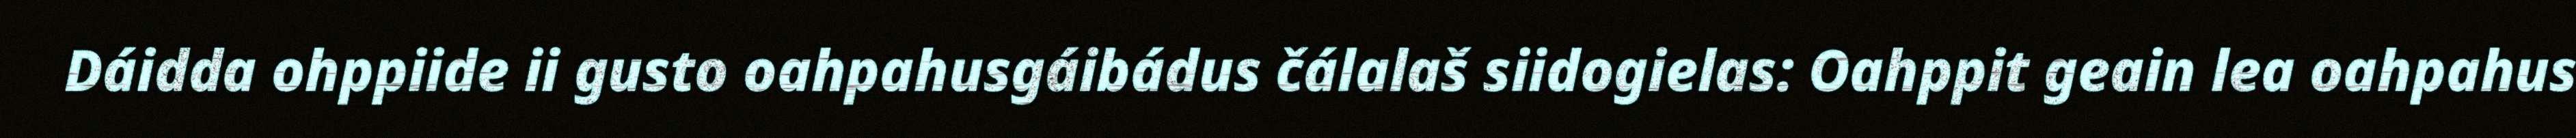
Dáidda ohppiide ii gusto oahpahusgáibádus čálalaš siidogielas: Oahppit geain lea oahpahus